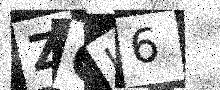
Text: ZCJ6